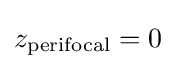
z_{\text{perifocal}}=0